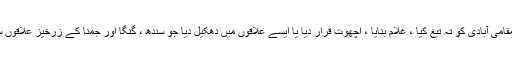
انہوں نے یا تو مقامی آبادی کو تہ تیغ کیا ، غلام بنایا ، اچھوت قرار دیا یا ایسے علاقوں میں دھکیل دیا جو سندھ ، گنگا اور جمنا کے زرخیز علاقوں سے پرے تھے ۔